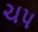
ચપ